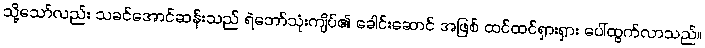
သို့သော်လည်း သခင်အောင်ဆန်းသည် ရဲဘော်သုံးကျိပ်၏ ခေါင်းဆောင် အဖြစ် ထင်ထင်ရှားရှား ပေါ်ထွက်လာသည်။